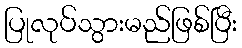
ပြုလုပ်သွားမည်ဖြစ်ပြီး